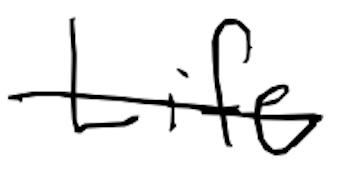
Text: Life
Cross-out: mix
Writing tool: digital_black